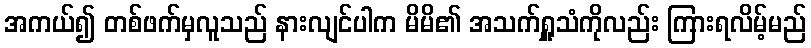
အကယ်၍ တစ်ဖက်မှလူသည် နားလျင်ပါက မိမိ၏ အသက်ရှူသံကိုလည်း ကြားရလိမ့်မည်